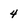
Character: 4